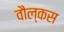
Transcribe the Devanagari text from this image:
वौल्कस